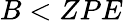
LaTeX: B<ZPE